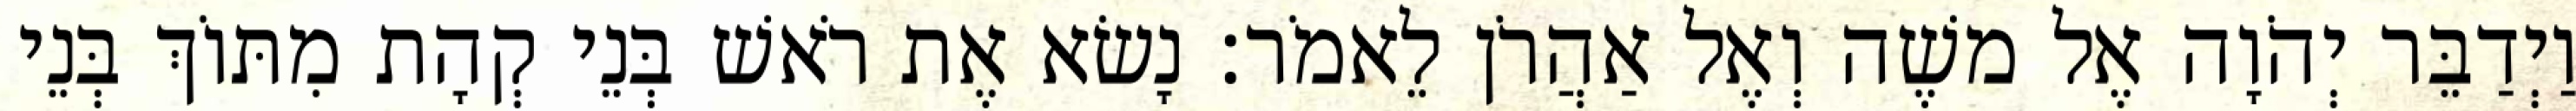
וַיְדַבֵּר יְהֹוָה אֶל משֶׁה וְאֶל אַהֲרֹן לֵאמֹר׃ נָשׂא אֶת רֹאשׁ בְּנֵי קְהָת מִתּוֹךְ בְּנֵי